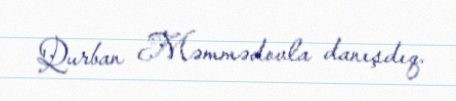
Qurban Məmmədovla danışdıq.